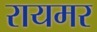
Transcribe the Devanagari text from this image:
रायमर